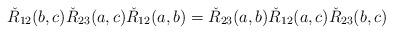
LaTeX: \begin{align*}\check R_{12}(b,c)\check R_{23}(a,c)\check R_{12}(a,b)=\check R_{23}(a,b)\check R_{12}(a,c)\check R_{23}(b,c)\ \ \ \ \ \end{align*}